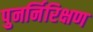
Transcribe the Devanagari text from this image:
पुनर्निरिक्षण